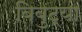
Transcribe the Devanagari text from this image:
बिबुट्या